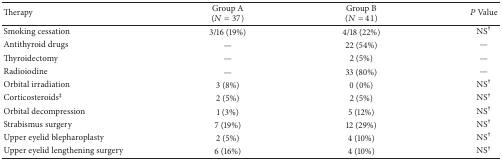
| Therapy | Group A (N = 37) | Group B (N = 41) | P Value |
 | --- | --- | --- | --- |
 | Smoking cessation | 3/16 (19%) | 4/18 (22%) | NS† |
 | Antithyroid drugs | — | 22 (54%) | — |
 | Thyroidectomy | — | 2 (5%) | — |
 | Radioiodine | — | 33 (80%) | — |
 | Orbital irradiation | 3 (8%) | 0 (0%) | NS† |
 | Corticosteroids‡ | 2 (5%) | 2 (5%) | NS† |
 | Orbital decompression | 1 (3%) | 5 (12%) | NS† |
 | Strabismus surgery | 7 (19%) | 12 (29%) | NS† |
 | Upper eyelid blepharoplasty | 2 (5%) | 4 (10%) | NS† |
 | Upper eyelid lengthening surgery | 6 (16%) | 4 (10%) | NS† |